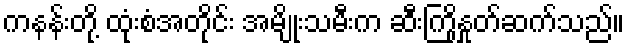
ကနန်းတို့ ထုံးစံအတိုင်း အမျိုးသမီးက ဆီးကြိုနှုတ်ဆက်သည်။